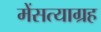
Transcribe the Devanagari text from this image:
मेंसत्याग्रह